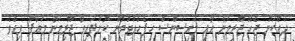
ދައްކަން ޖެހޭ ޖޫރިމަނާ އާއި ލައިސަންސް ހިފެހެއްޓުމުން ކޮށްފައިވާ ޖޫރިމަނާ މައާފު ވިއެވެ.